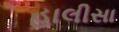
હાલીસા